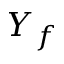
Y _ { f }